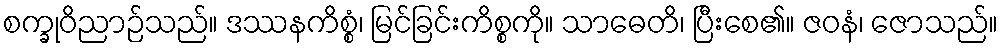
စက္ခုဝိညာဉ်သည်။ ဒဿနကိစ္စံ၊ မြင်ခြင်းကိစ္စကို။ သာဓေတိ၊ ပြီးစေ၏။ ဇဝနံ၊ ဇောသည်။